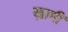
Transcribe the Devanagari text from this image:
ख़ामी